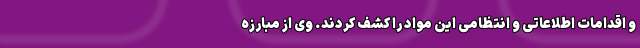
و اقدامات اطلاعاتی و انتظامی این مواد را کشف کردند. وی از مبارزه